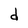
Character: d